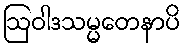
ဩဝါဒသမ္မတေနာပိ